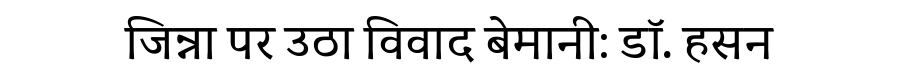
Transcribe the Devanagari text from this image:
जिन्ना पर उठा विवाद बेमानी: डॉ. हसन